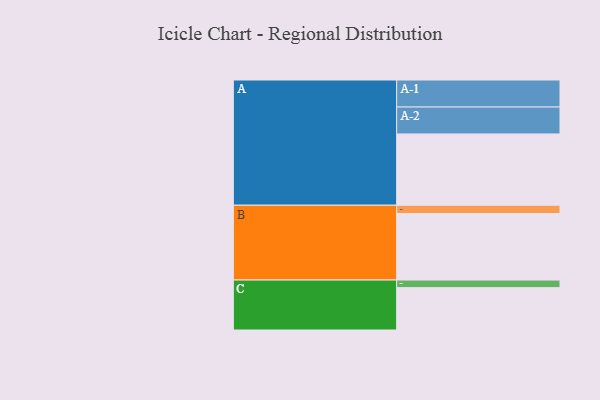
{"axis": {"x": "Segment", "y": "Value"}, "legend": ["", "A", "B", "C"], "data": [{"x": "A", "y": 591, "type": ""}, {"x": "B", "y": 551, "type": ""}, {"x": "C", "y": 351, "type": ""}, {"x": "A-1", "y": 224, "type": "A"}, {"x": "A-2", "y": 223, "type": "A"}, {"x": "B-1", "y": 69, "type": "B"}, {"x": "C-1", "y": 63, "type": "C"}]}